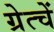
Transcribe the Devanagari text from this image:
ग्रेत्चें